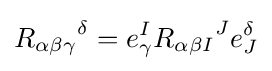
{R_{\alpha \beta \gamma }}^{\delta }=e_{\gamma }^{I}{R_{\alpha \beta I}}^{J}e_{J}^{\delta }